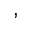
^ ,